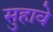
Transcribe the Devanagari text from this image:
सुहावे